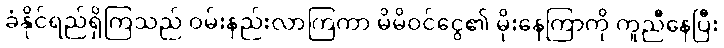
ခံနိုင်ရည်ရှိကြသည် ဝမ်းနည်းလာကြကာ မိမိဝင်ငွေ၏ မိုးနေကြာကို ကူညီနေပြီး